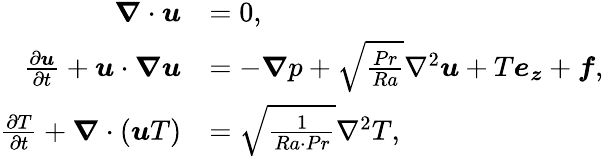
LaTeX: \begin{array}{rl}{\boldsymbol{\nabla}\cdot\boldsymbol{u}}&{=0,}\\ {\frac{\partial\boldsymbol{u}}{\partial t}+\boldsymbol{u}\cdot\boldsymbol{\nabla u}}&{=-\boldsymbol{\nabla}p+\sqrt{\frac{Pr}{Ra}}\nabla^{2}\boldsymbol{u}+T\boldsymbol{e_{z}}+\boldsymbol{f},}\\ {\frac{\partial T}{\partial t}+\boldsymbol{\nabla}\cdot(\boldsymbol{u}T)}&{=\sqrt{\frac{1}{Ra\cdot Pr}}\nabla^{2}T,}\end{array}